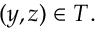
( y , z ) \in T .